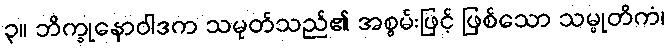
၃။ ဘိက္ခုနောဝါဒက သမုတ်သည်၏ အစွမ်းဖြင့် ဖြစ်သော သမ္မုတိကံ၊